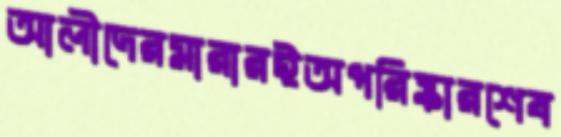
আলীদেরমারারইঅপরিষ্কারশেষ